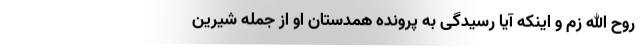
روح الله زم و اینکه آیا رسیدگی به پرونده همدستان او از جمله شیرین